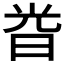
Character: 𣆤